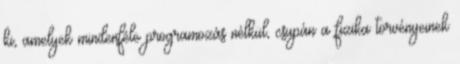
ki, amelyek mindenféle programozás nélkül, csupán a fizika törvényeinek